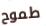
طموح